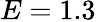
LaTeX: E=1.3